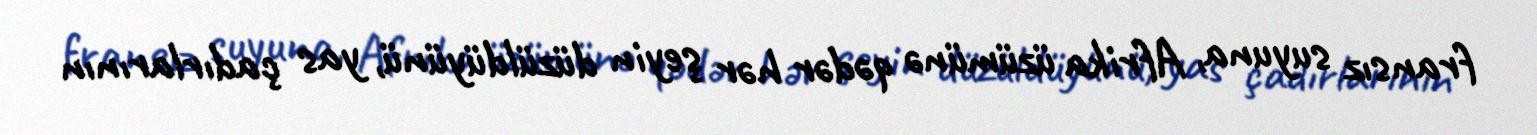
fransız suyuna, Afrika üzümünə qədər hər şeyin düzüldüyünü, yas çadırlarının